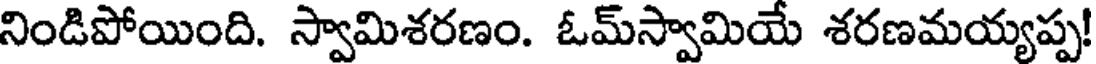
నిండిపోయింది. స్వామిశరణం. ఓమ్స్వామియే శరణమయ్యప్ప